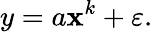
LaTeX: y=a\mathbf{x}^{k}+\varepsilon.